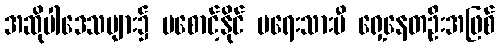
အဆိုပါဒေသများ၌ မစောင့်နိုင် မရေးသားမီ ရှေ့နေတဦးအဖြစ်